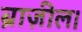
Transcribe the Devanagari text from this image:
ब्राज़ील।